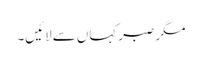
مگر صبر کہاں سےلائیں۔